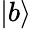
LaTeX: \left|b\right\rangle